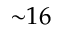
{ \sim } 1 6